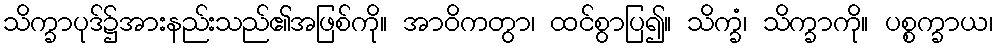
သိက္ခာပုဒ်၌အားနည်းသည်၏အဖြစ်ကို။ အာဝိကတွာ၊ ထင်စွာပြ၍။ သိက္ခံ၊ သိက္ခာကို။ ပစ္စက္ခာယ၊